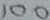
Text: 100